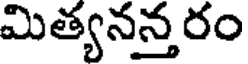
మిత్యనన్తరం